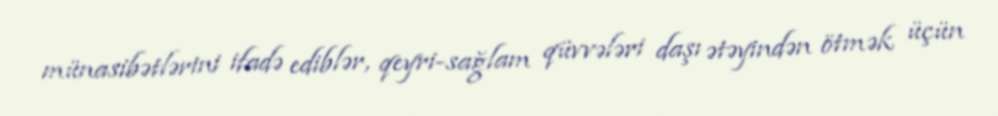
münasibətlərini ifadə ediblər, qeyri-sağlam qüvvələri daşı ətəyindən ötmək üçün